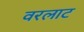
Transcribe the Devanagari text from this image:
वरलाट